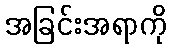
အခြင်းအရာကို